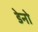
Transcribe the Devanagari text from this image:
डेनो